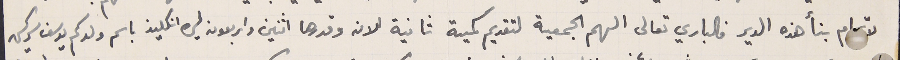
لاتمام بنأ هذه الدير فالباري تعالى الهم الجمعية لتقديم كمية ثانية الان وقدرها اثنين واربعون ليره انكليز باسم ولدكم يوسف سركيس